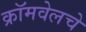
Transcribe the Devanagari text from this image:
क्रॉमवेलचे